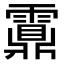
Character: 𩆆